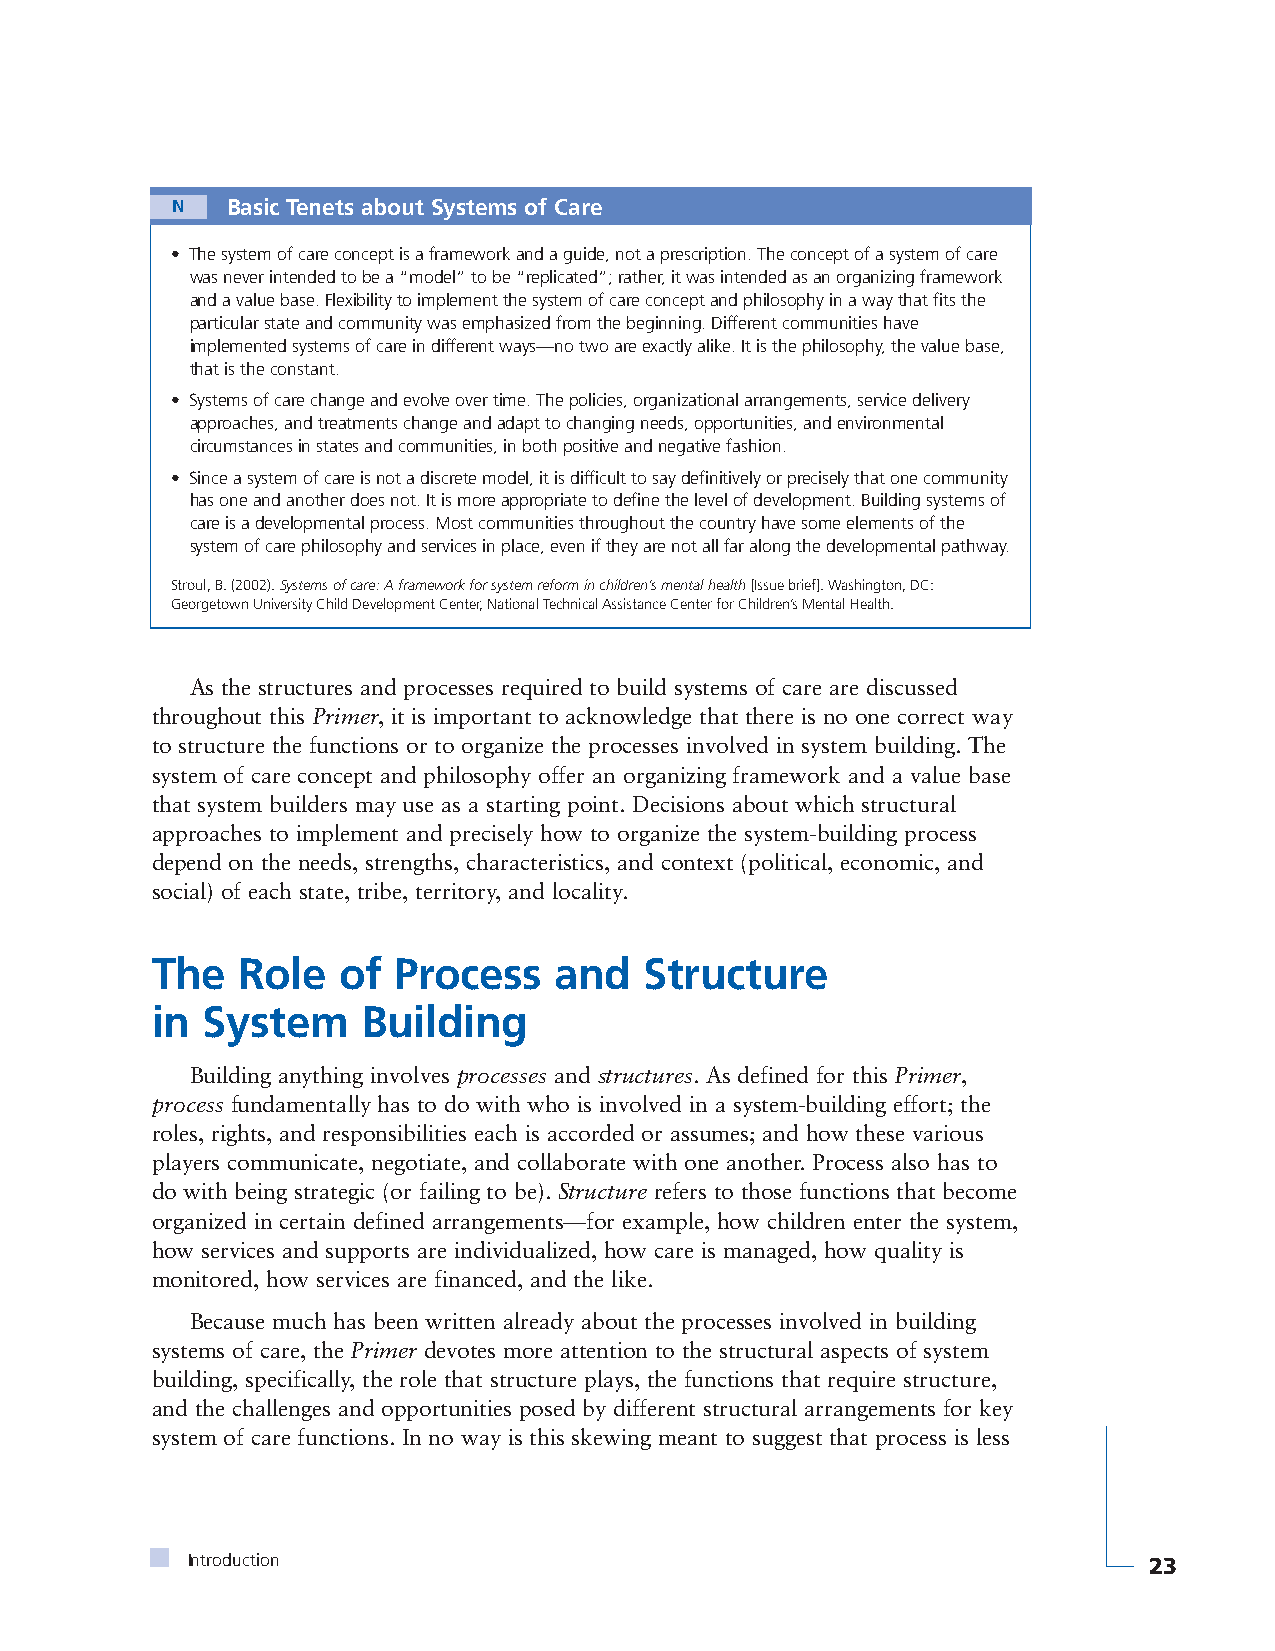
N   Basic Tenets about Systems of Care
 • The system of care concept is a framework and a guide, not a prescription. The concept of a system of care
 was never intended to be a “model” to be “replicated”; rather, it was intended as an organizing framework
 and a value base. Flexibility to implement the system of care concept and philosophy in a way that fits the
 particular state and community was emphasized from the beginning. Different communities have
 implemented systems of care in different ways—no two are exactly alike. It is the philosophy, the value base,
 that is the constant.
 • Systems of care change and evolve over time. The policies, organizational arrangements, service delivery
 approaches, and treatments change and adapt to changing needs, opportunities, and environmental
 circumstances in states and communities, in both positive and negative fashion.
 • Since a system of care is not a discrete model, it is difficult to say definitively or precisely that one community
 has one and another does not. It is more appropriate to define the level of development. Building systems of
 care is a developmental process. Most communities throughout the country have some elements of the
 system of care philosophy and services in place, even if they are not all far along the developmental pathway.
 Stroul, B. (2002). Systems of care: A framework for system reform in children’s mental health[Issue brief]. Washington, DC:
 Georgetown University Child Development Center, National Technical Assistance Center for Children’s Mental Health.
 As the structures and processes required to build systems of care are discussed
 throughout this Primer, it is important to acknowledge that there is no one correct way
 to structure the functions or to organize the processes involved in system building. The
 system of care concept and philosophy offer an organizing framework and a value base
 that system builders may use as a starting point. Decisions about which structural
 approaches to implement and precisely how to organize the system-building process
 depend on the needs, strengths, characteristics, and context (political, economic, and
 social) of each state, tribe, territory, and locality.
 The   Role  of  Process    and   Structure
 in System     Building
 Building anything involves processes and structures. As defined for this Primer,
 process fundamentally has to do with who is involved in a system-building effort; the
 roles, rights, and responsibilities each is accorded or assumes; and how these various
 players communicate, negotiate, and collaborate with one another. Process also has to
 do with being strategic (or failing to be). Structure refers to those functions that become
 organized in certain defined arrangements—for example, how children enter the system,
 how services and supports are individualized, how care is managed, how quality is
 monitored, how services are financed, and the like.
 Because much has been written already about the processes involved in building
 systems of care, the Primer devotes more attention to the structural aspects of system
 building, specifically, the role that structure plays, the functions that require structure,
 and the challenges and opportunities posed by different structural arrangements for key
 system of care functions. In no way is this skewing meant to suggest that process is less
 Introduction                                                    23